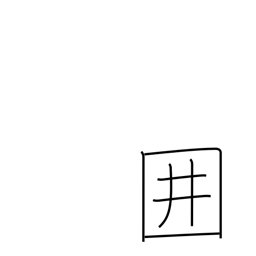
Meaning: paling